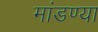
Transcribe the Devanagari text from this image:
मांडण्या